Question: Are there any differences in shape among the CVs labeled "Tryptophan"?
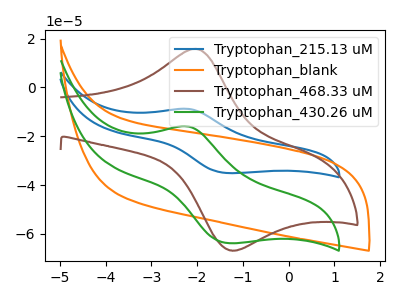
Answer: <think>The blue curve "Tryptophan_215.13 uM" has an anodic peak at (-2.20V, -8.80uA) and a cathodic peak at (-1.30V, -35.10uA). The orange curve "Tryptophan_blank" has no peaks. The brown curve "Tryptophan_468.33 uM" has an anodic peak at (-2.05V, 15.80uA) and a cathodic peak at (-1.30V, -66.75uA). The green curve "Tryptophan_430.26 uM" has an anodic peak at (-2.20V, -16.00uA) and a cathodic peak at (-1.30V, -63.80uA).
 "Tryptophan_215.13 uM" and "Tryptophan_blank" have a different number of peaks. "Tryptophan_215.13 uM" and "Tryptophan_468.33 uM" have at least one peak that do not match. All the peaks in "Tryptophan_215.13 uM" have a peak in "Tryptophan_430.26 uM" at the same potential. "Tryptophan_blank" and "Tryptophan_468.33 uM" have a different number of peaks. "Tryptophan_blank" and "Tryptophan_430.26 uM" have a different number of peaks. "Tryptophan_468.33 uM" and "Tryptophan_430.26 uM" have at least one peak that do not match.</think>
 <answer>All the CV's of "Tryptophan" have similar shape.</answer>
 <eval>follow_rule</eval>